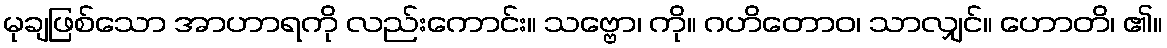
မုချဖြစ်သော အာဟာရကို လည်းကောင်း။ သဗ္ဗော၊ ကို။ ဂဟိတောဝ၊ သာလျှင်။ ဟောတိ၊ ၏။